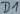
Text: D1